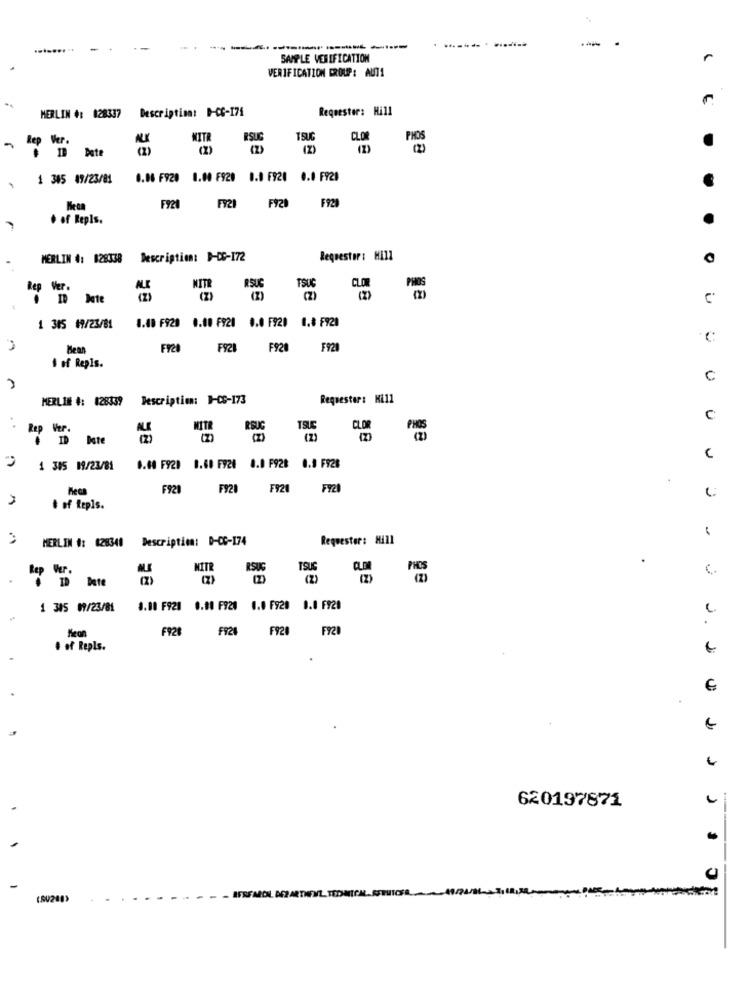
.
SAMPLE VERIFICATION
r
VERIFICATION GROUP: AUTA
Description: D-CC-175
Requester: Hill
MERLIN #: 128337
Rep Ver.
MITR
RSUG
TSUG
Date
(2)
PHOS
1 305 09/23/01
0.06 F920 0.00 F920 0.0 F920 0.0 F928
FY21
F929
F921
F929
+ of Repls.
MERLIN #: 028338 Description: D-CC-172
Requestor : Hill
Rep Ver.
NITR
TSUS
I Date
(2)
1.40 F929 0.00 F920 0.0 F920 1.8 F920
1 305 69/23/81
€
Hean
F920
F928
F920
1 of Repls.
C
MERLIN #: #28339 Description: 1-CS-173
Requester: Kill
C
Rep
Ver.
MITR
CLOR
Date
(2)
(
1 385 19/23/81
1.60 F920 1.60 F920 8.0 F928 0.0 F928
F929
F921 F920 FY21
# of Repls.
MERLIN #: 628340 Description: D-CC-174
Requester: Hill
.
NITR
RSUG
1SUG
te Ver.
ID Dete
1 315 09/23/81
1.00 F920 0.00 F920 0.0 F920 0.0 F920
Keon
FR2
F924
F920 F920
..
# of Repls.
620197871